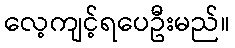
လေ့ကျင့်ရပေဦးမည်။